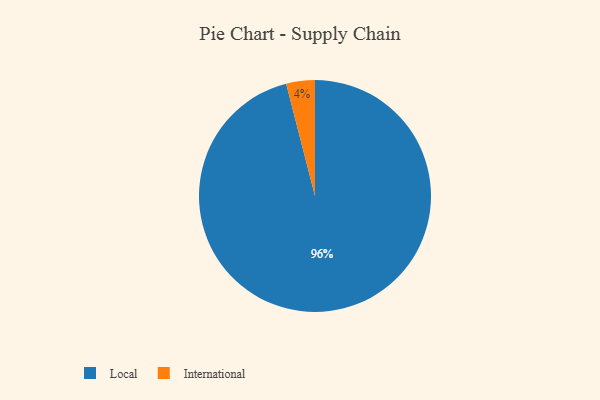
{"axis": {"x": "Category", "y": "Percentage"}, "legend": ["International", "Local"], "data": [{"x": "International", "y": 4, "type": "International"}, {"x": "Local", "y": 96, "type": "Local"}]}